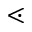
\lessdot